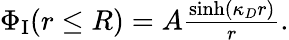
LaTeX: \begin{array}{r}{\Phi_{\textrm{I}}(r\leq R)=A\frac{\sinh(\kappa_{D}r)}{r}.}\end{array}